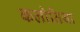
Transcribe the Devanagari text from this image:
कलोतिया